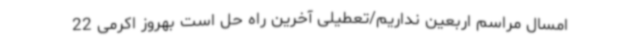
امسال مراسم اربعین نداریم/تعطیلی آخرین راه حل است بهروز اکرمی 22